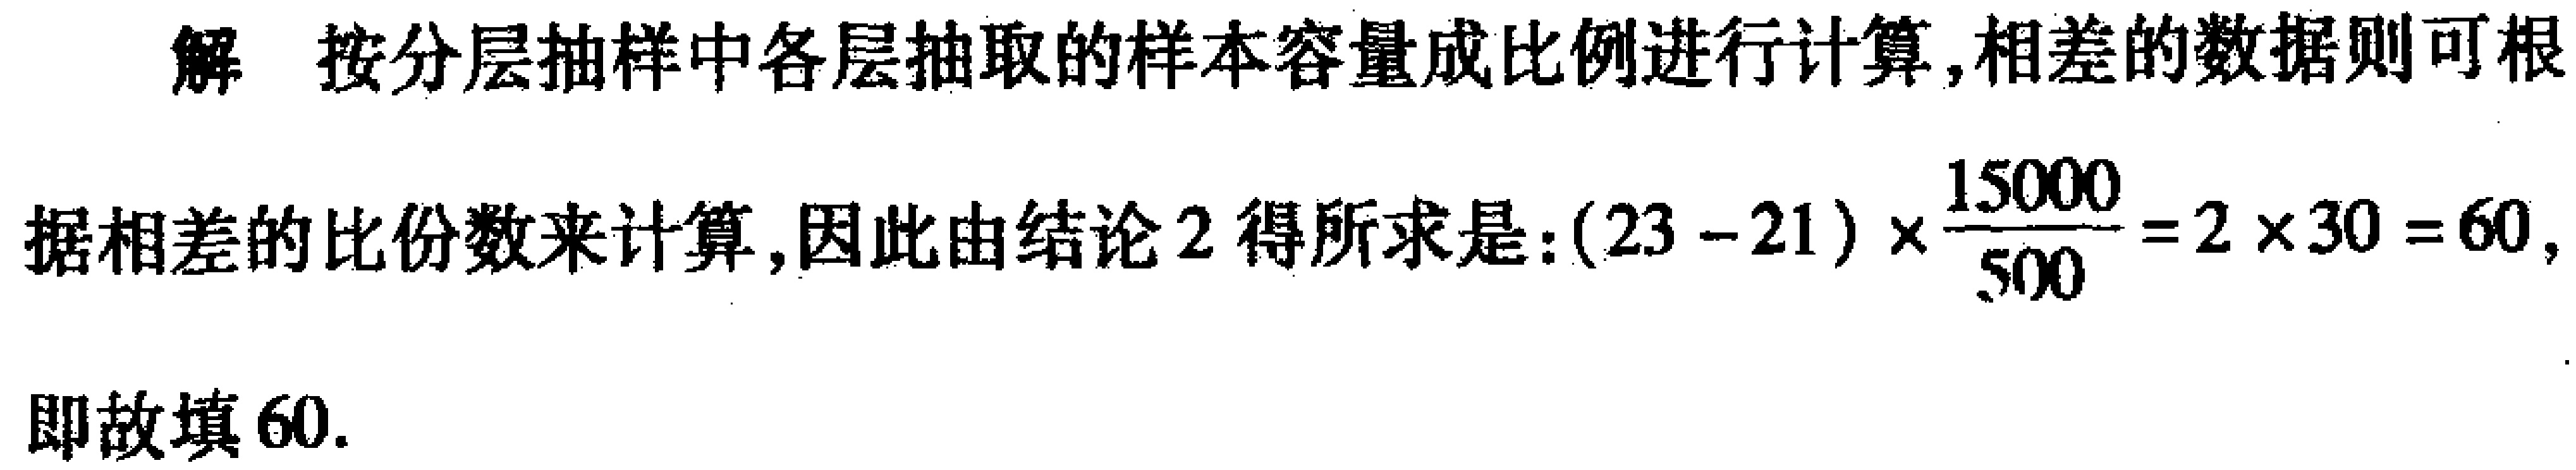
解 按分层抽样中各层抽取的样本容量成比例进行计算,相差的数据则可根

据相差的比份数来计算,因此由结论 2 得所求是:$(23 - 21)\times\frac{15000}{500}=2\times30 = 60$,

即故填 60.